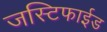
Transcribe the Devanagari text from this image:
जस्टिफाईड